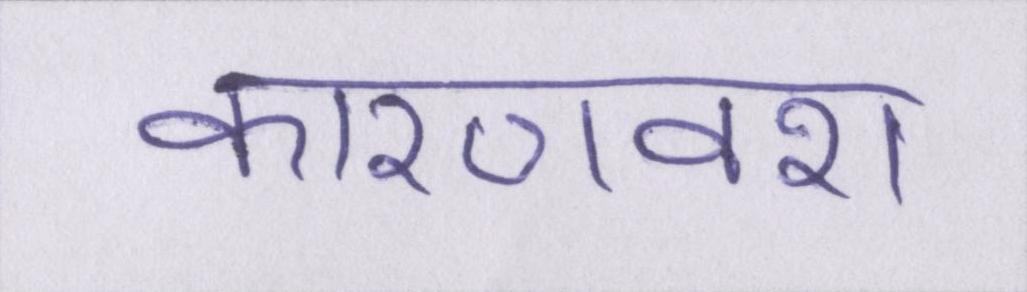
कारणवश